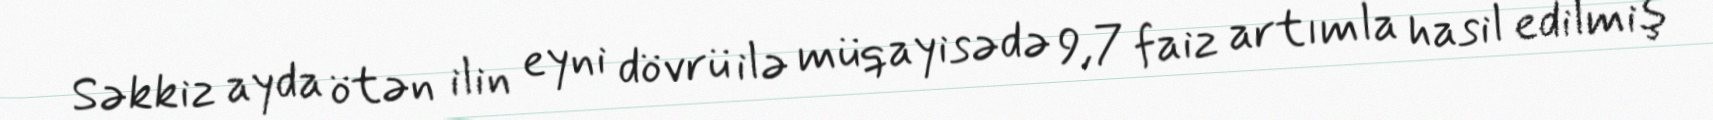
Səkkiz ayda ötən ilin eyni dövrü ilə müqayisədə 9,7 faiz artımla hasil edilmiş